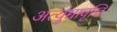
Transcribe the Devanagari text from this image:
अत्युच्चावृत्ति